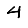
Digit: 4